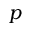
p